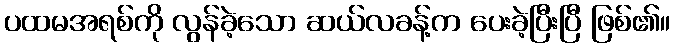
ပထမအရစ်ကို လွန်ခဲ့သော ဆယ်လခန့်က ပေးခဲ့ပြီးပြီ ဖြစ်၏။